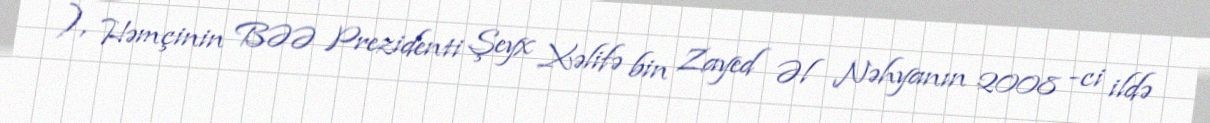
), Həmçinin BƏƏ Prezidenti Şeyx Xəlifə bin Zayed Əl Nəhyanın 2008 -ci ildə